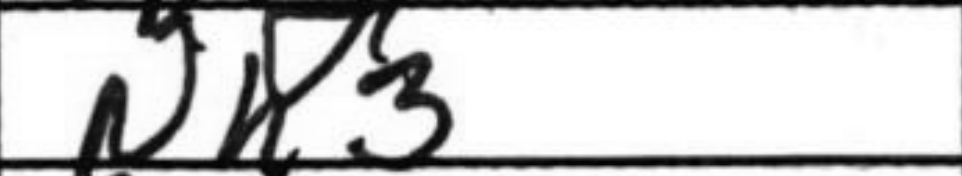
Transcription: Nh3